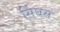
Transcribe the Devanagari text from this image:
सिंघस